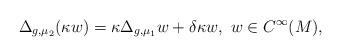
LaTeX: \begin{align*}\Delta_{g, \mu_2} (\kappa w)= \kappa \Delta_{g, \mu_1} w + \delta \kappa w,\ w \in C^\infty(M),\end{align*}